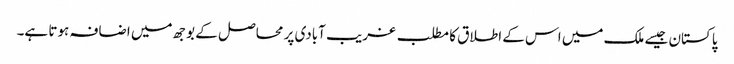
پاکستان جیسے ملک میں اس کے اطلاق کا مطلب غریب آبادی پر محاصل کے بوجھ میں اضافہ ہوتا ہے۔